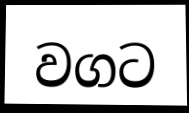
වගට